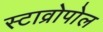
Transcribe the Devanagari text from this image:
स्टाव्रोपोल